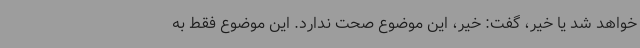
خواهد شد یا خیر، گفت: خیر، این موضوع صحت ندارد. این موضوع فقط به